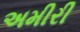
અમીરી